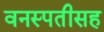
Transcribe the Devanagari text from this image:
वनस्पतीसह